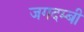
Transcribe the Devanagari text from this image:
जगदम्बी